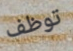
توظف